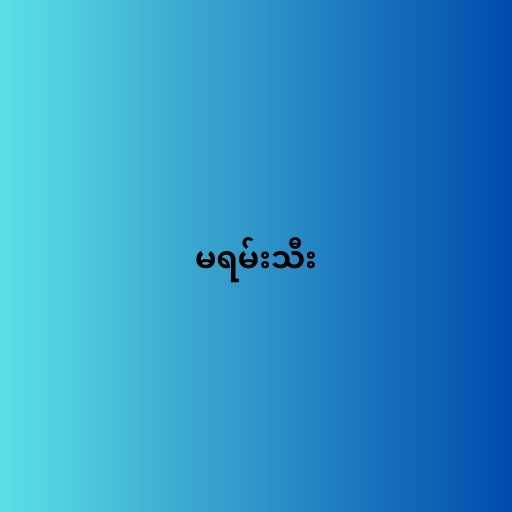
မရမ်းသီး